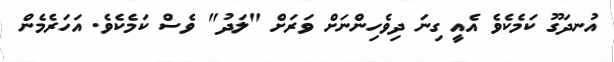
އުނދަގޫ ކަމެކެވެ އެއީ ގިނަ ދިވެހިންނަށް ވަރަށް "ލަދު" ވެސް ކަމެކެވެ. އަހަރެމެން